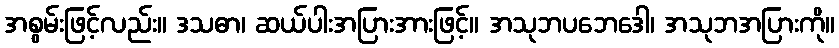
အစွမ်းဖြင့်လည်း။ ဒသဓာ၊ ဆယ်ပါးအပြားအားဖြင့်။ အသုဘပဘေဒေါ၊ အသုဘအပြားကို။